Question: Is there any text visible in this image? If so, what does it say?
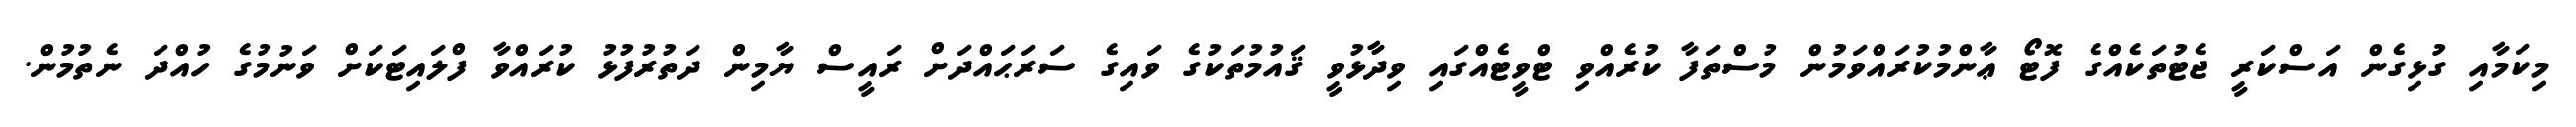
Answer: މިކަމާއި ގުޅިގެން އަސްކަރީ ޖެޓުތަކެއްގެ ފޮޓޯ ޢާންމުކުރައްވަމުން މުސްތަފާ ކުރެއްވި ޓްވީޓެއްގައި ވިދާޅުވީ ޤައުމުތަކުގެ ވައިގެ ސަރަޙައްދަށް ރައީސް ޔާމިން ދަތުރުފުޅު ކުރައްވާ ފްލައިޓަކަށް ވަނުމުގެ ހުއްދަ ނެތުމުން.